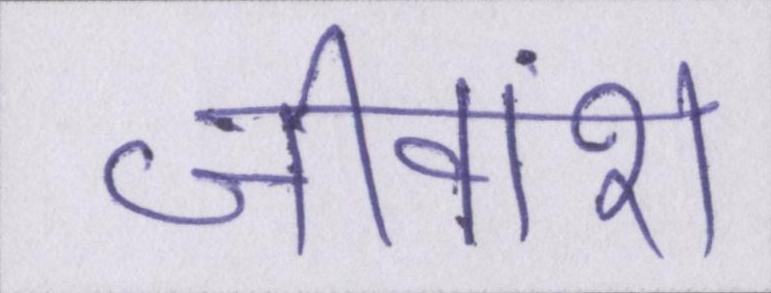
जीवांश